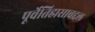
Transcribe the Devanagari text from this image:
पूर्वेतिहासाबद्दल